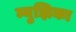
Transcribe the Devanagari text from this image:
म्युझिका